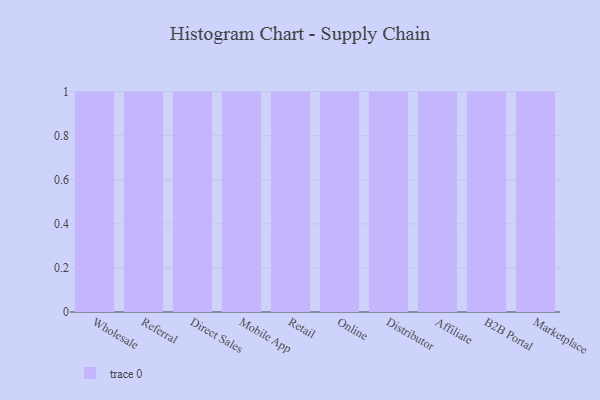
{"axis": {"x": "Channel", "y": "Temperature (°C)"}, "legend": [""], "data": [{"x": "Wholesale", "y": 39, "type": ""}, {"x": "Referral", "y": 87, "type": ""}, {"x": "Direct Sales", "y": 23, "type": ""}, {"x": "Mobile App", "y": 34, "type": ""}, {"x": "Retail", "y": 47, "type": ""}, {"x": "Online", "y": 91, "type": ""}, {"x": "Distributor", "y": 16, "type": ""}, {"x": "Affiliate", "y": 24, "type": ""}, {"x": "B2B Portal", "y": 27, "type": ""}, {"x": "Marketplace", "y": 9, "type": ""}]}